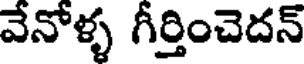
వేనోళ్ళ గీర్తించెదన్